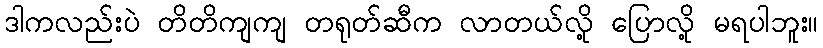
ဒါကလည်းပဲ တိတိကျကျ တရုတ်ဆီက လာတယ်လို့ ပြောလို့ မရပါဘူး။